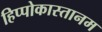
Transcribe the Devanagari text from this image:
हिप्पोकास्तानम